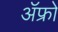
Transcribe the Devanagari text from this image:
ॲफ्रो